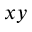
_ { x y }